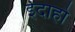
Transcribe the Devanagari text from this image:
ईदाहो